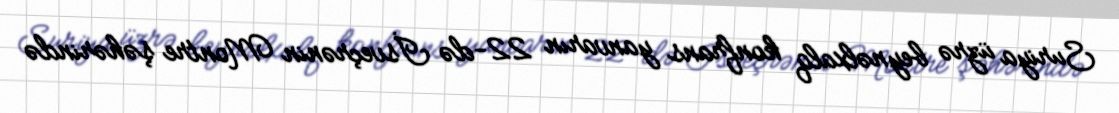
Suriya üzrə beynəlxalq konfrans yanvarın 22-də İsveçrənin Montre şəhərində